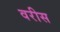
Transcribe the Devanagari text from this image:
वरीस